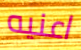
اعنيه